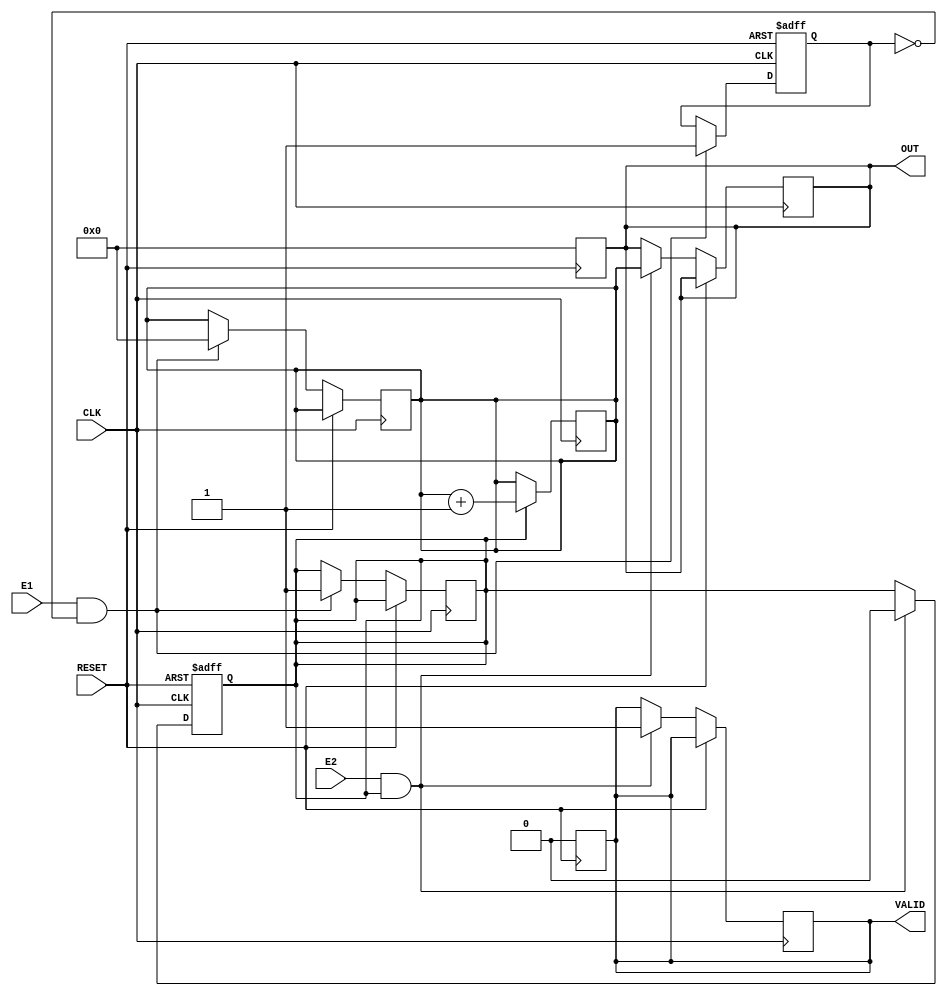
module TDC (
    input wire CLK,          // High-frequency clock
    input wire E1,          // First event signal
    input wire E2,          // Second event signal
    input wire RESET,       // Reset signal
    output reg [15:0] OUT,  // Digital output (16-bit)
    output reg VALID        // Valid output signal
);

    // State definitions
    reg [15:0] count;       // Counter for measuring time
    reg measuring;          // State to indicate measuring is in progress
    reg e1_detected;        // Flag for E1 detection
    reg e2_detected;        // Flag for E2 detection

    // Memory block to store multiple measurements
    reg [15:0] memory [0:255]; // 256 entries of 16-bit memory
    reg [7:0] mem_addr;        // Memory address pointer

    // Edge detection for E1
    always @(posedge CLK or posedge RESET) begin
        if (RESET) begin
            e1_detected <= 1'b0;
        end else if (E1 && !e1_detected) begin
            e1_detected <= 1'b1;  // E1 rising edge detected
            measuring <= 1'b1;     // Start measuring
            count <= 16'b0;        // Reset count
        end
    end

    // Edge detection for E2
    always @(posedge CLK or posedge RESET) begin
        if (RESET) begin
            e2_detected <= 1'b0;
            measuring <= 1'b0;
        end else if (E2 && measuring) begin
            e2_detected <= 1'b1;   // E2 rising edge detected
            measuring <= 1'b0;      // Stop measuring
            OUT <= count;          // Store count in OUT
            VALID <= 1'b1;         // Indicate valid output
            memory[mem_addr] <= count; // Store in memory
            mem_addr <= mem_addr + 1; // Increment address
        end
    end

    // Counting logic
    always @(posedge CLK) begin
        if (measuring) begin
            count <= count + 1;   // Increment count on each clock cycle
        end
    end

    // Reset logic for output and valid signal
    always @(posedge RESET) begin
        OUT <= 16'b0;
        VALID <= 1'b0;
        mem_addr <= 8'b0;        // Reset memory address
    end

    // Optional: Clear memory
    integer i;
    always @(posedge RESET) begin
        for (i = 0; i < 256; i = i + 1) begin
            memory[i] <= 16'b0;   // Clear memory on reset
        end
    end

endmodule